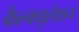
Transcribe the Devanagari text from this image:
कैल्क्युलेशन